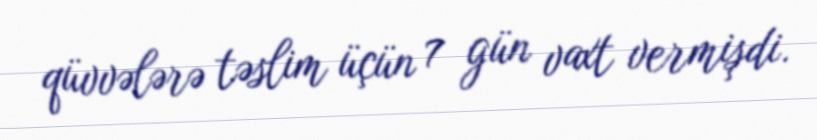
qüvvələrə təslim üçün 7 gün vaxt vermişdi.